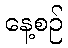
နေ့စဉ်